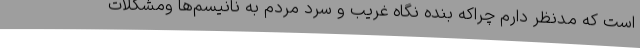
است که مدنظر دارم چراکه بنده نگاه غریب و سرد مردم به نانیسم‌ها ومشکلات